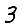
Digit: 3